Report of the Indian Hemp Drugs Commission, 1894-1895 - Volume I
Year: 1894
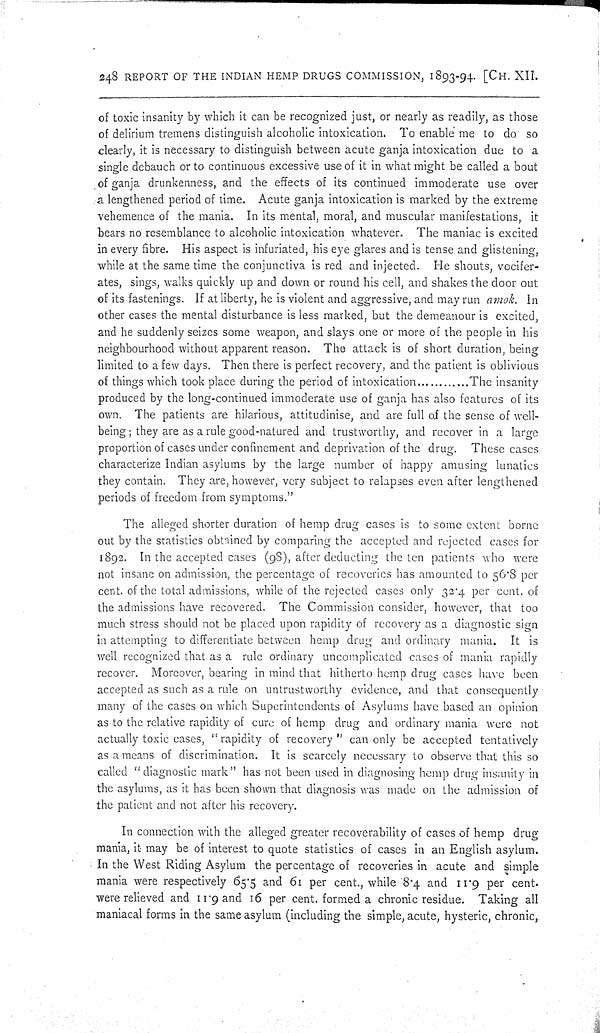
248 REPORT OF THE INDIAN HEMP DRUGS COMMISSION, 1893-94. [CH. XII.
of toxic insanity by which it can be recognized just, or nearly as readily, as those
of delirium tremens distinguish alcoholic intoxication. To enable me to do so
clearly, it is necessary to distinguish between acute ganja intoxication due to a
single debauch or to continuous excessive use of it in what might be called a bout
of ganja drunkenness, and the effects of its continued immoderate use over
a lengthened period of time. Acute ganja intoxication is marked by the extreme
vehemence of the mania. In its mental, moral, and muscular manifestations, it
bears no resemblance to alcoholic intoxication whatever. The maniac is excited
in every fibre. His aspect is infuriated, his eye glares and is tense and glistening,
while at the same time the conjunctiva is red and injected. He shouts, vocifer-
ates, sings, walks quickly up and down or round his cell, and shakes the door out
of its fastenings. If at liberty, he is violent and aggressive, and may run amok. In
other cases the mental disturbance is less marked, but the demeanour is excited,
and he suddenly seizes some weapon, and slays one or more of the people in his
neighbourhood without apparent reason. The attack is of short duration, being
limited to a few days. Then there is perfect recovery, and the patient is oblivious
of things which took place during the period of intoxication............The insanity
produced by the long-continued immoderate use of ganja has also features of its
own. The patients are hilarious, attitudinise, and are full of the sense of well-
being; they are as a rule good-natured and trustworthy, and recover in a large
proportion of cases under confinement and deprivation of the drug. These cases
characterize Indian asylums by the large number of happy amusing lunatics
they contain. They are, however, very subject to relapses even after lengthened
periods of freedom from symptoms."
The alleged shorter duration of hemp drug cases is to some extent borne
out by the statistics obtained by comparing the accepted and rejected cases for
1892. In the accepted cases (98), after deducting the ten patients who were
not insane on admission, the percentage of recoveries has amounted to 56.8 per
cent. of the total admissions, while of the rejected cases only 32.4 per cent. of
the admissions have recovered. The Commission consider, however, that too
much stress should not be placed upon rapidity of recovery as a diagnostic sign
in attempting to differentiate between hemp drug and ordinary mania. It is
well recognized that as a rule ordinary uncomplicated cases of mania rapidly
recover. Moreover, bearing in mind that hitherto hemp drug cases have been
accepted as such as a rule on untrustworthy evidence, and that consequently
many of the cases on which Superintendents of Asylums have based an opinion
as to the relative rapidity of cure of hemp drug and ordinary mania were not
actually toxic cases, "rapidity of recovery" can only be accepted tentatively
as a means of discrimination. It is scarcely necessary to observe that this so
called "diagnostic mark" has not been used in diagnosing hemp drug insanity in
the asylums, as it has been shown that diagnosis was made on the admission of
the patient and not after his recovery.
In connection with the alleged greater recoverability of cases of hemp drug
mania, it may be of interest to quote statistics of cases in an English asylum.
In the West Riding Asylum the percentage of recoveries in acute and simple
mania were respectively 65.5 and 61 per cent., while 8.4 and 11.9 per cent.
were relieved and 11.9 and 16 per cent. formed a chronic residue. Taking all
maniacal forms in the same asylum (including the simple, acute, hysteric, chronic,